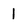
Character: 1